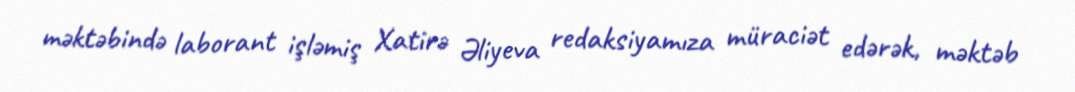
məktəbində laborant işləmiş Xatirə Əliyeva redaksiyamıza müraciət edərək, məktəb